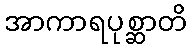
အာကာရပုစ္ဆာတိ